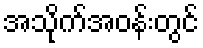
အသိုက်အဝန်းတွင်